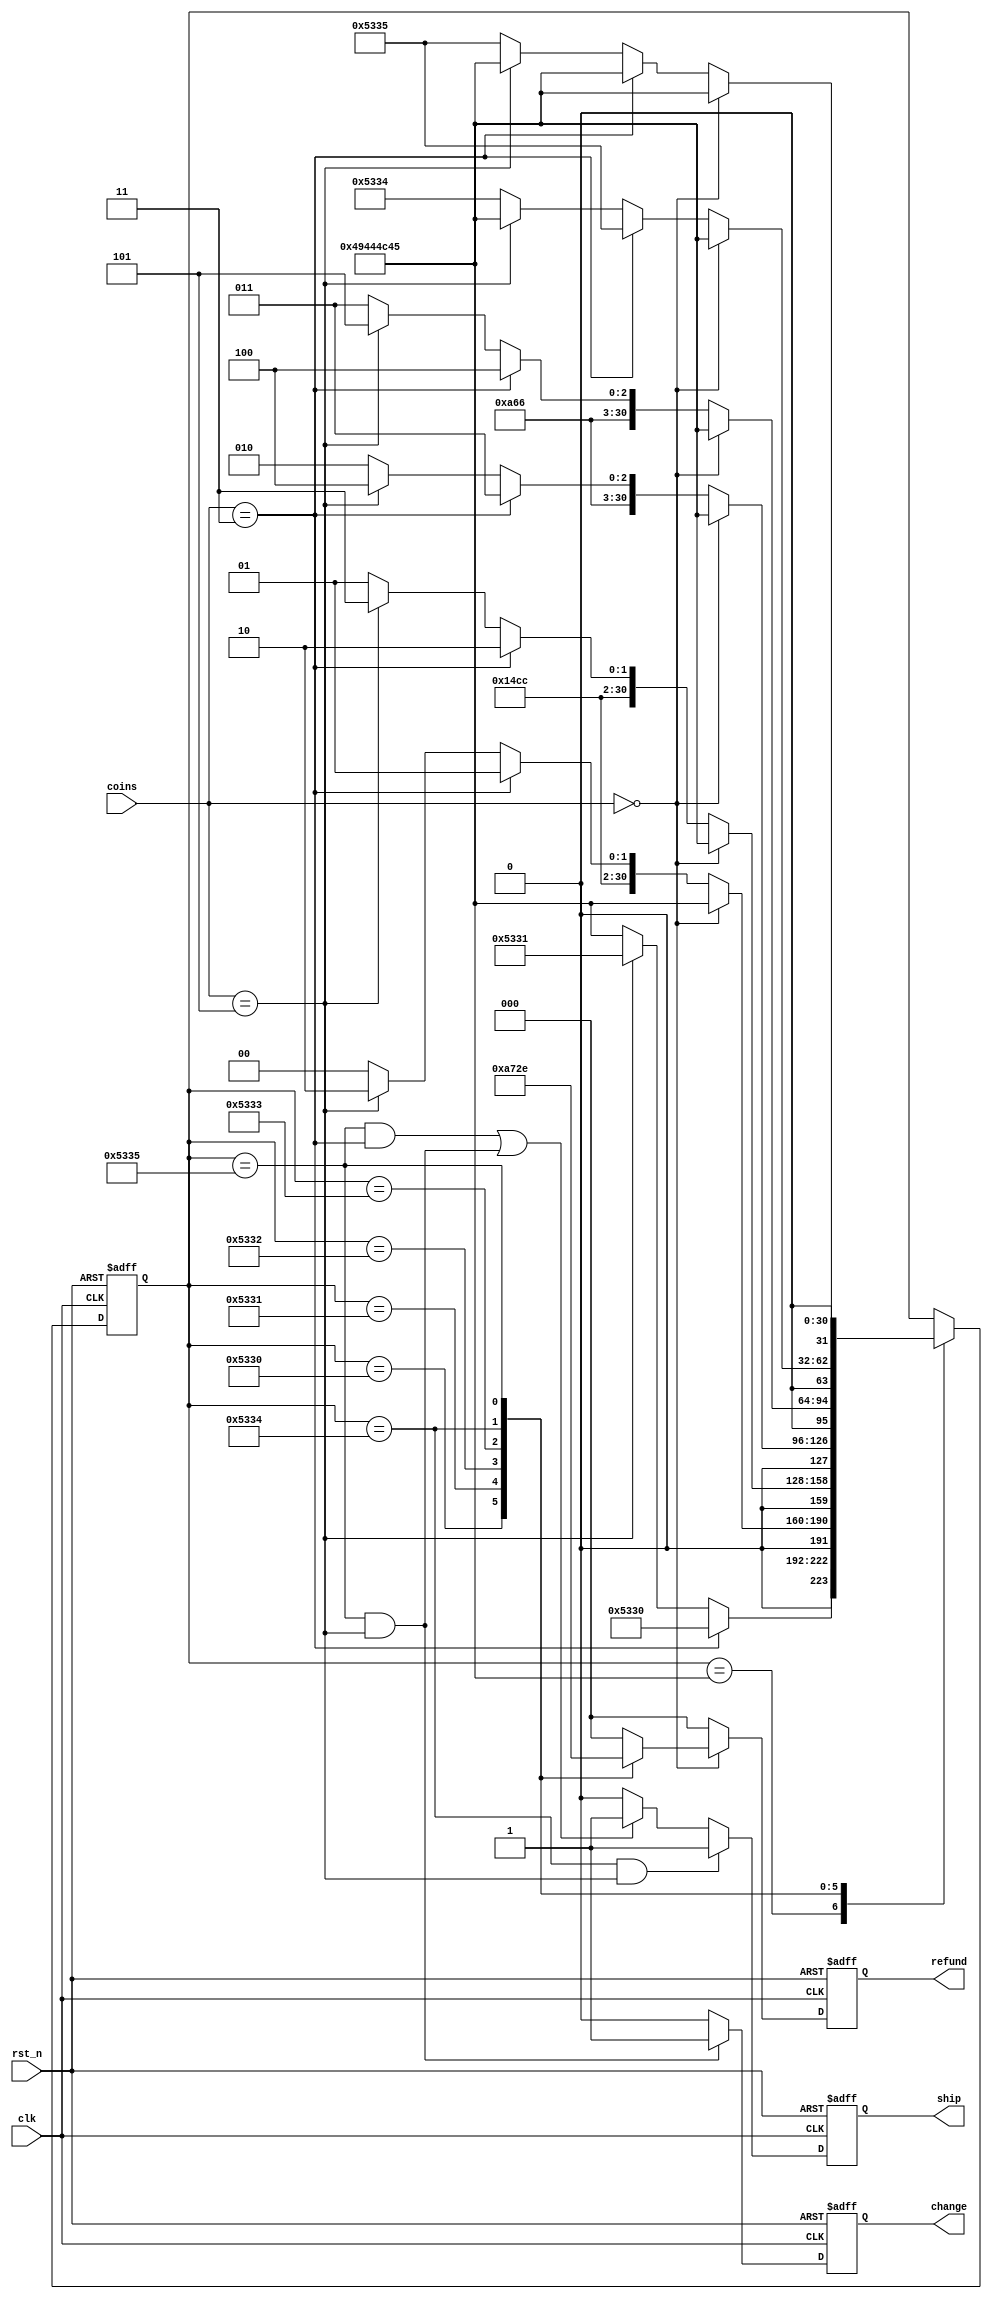
// This is a simple example.
// You can make a your own header file and set its path to settings.
// (Preferences > Package Settings > Verilog Gadget > Settings - User)
//
//		"header": "Packages/Verilog Gadget/template/verilog_header.v"
//
// -----------------------------------------------------------------------------
// Copyright (c) 2014-2023 All rights reserved
// -----------------------------------------------------------------------------
// Create : 2023-07-19 10:52:33
// Revise : 2023-07-19 10:52:33
// Editor : sublime text4, tab size (4)
// Descri : 3.5
// -----------------------------------------------------------------------------
module Vending_Machine_7 (
	input clk,
	input rst_n,
	input [2:0] coins,
	output reg change,
	output reg ship,
	output reg [2:0] refund
);

	reg [31:0] state;
	parameter IDLE = "IDLE";
	parameter S0 = "S0";
	parameter S1 = "S1";
	parameter S2 = "S2";
	parameter S3 = "S3";
	parameter S4 = "S4";
	parameter S5 = "S5";

	wire [2:0] refunds [5:0];
	assign refunds[0] = 3'd1;	//0.5
	assign refunds[1] = 3'd2;	//1
	assign refunds[2] = 3'd3;	//1.5
	assign refunds[3] = 3'd4;	//2
	assign refunds[4] = 3'd5;	//2.5
	assign refunds[5] = 3'd6;	//3


	/**/
	always @(posedge clk or negedge rst_n) begin
		if(!rst_n) begin
			state <= IDLE;
		end else begin
			case(state) 
				IDLE : state <= (coins == 3'b011) ? S0 :
								(coins == 3'b101) ? S1 : IDLE;
				S0 : state <= (coins == 3'b000) ? IDLE :
								(coins == 3'b011) ? S1 :
								(coins == 3'b101) ? S2 : S0;
				S1 : state <= (coins == 3'b000) ? IDLE :
								(coins == 3'b011) ? S2 :
								(coins == 3'b101) ? S3 : S1;
				S2 : state <= (coins == 3'b000) ? IDLE :
								(coins == 3'b011) ? S3 :
								(coins == 3'b101) ? S4 : S2;
				S3 : state <= (coins == 3'b000) ? IDLE :
								(coins == 3'b011) ? S4 :
								(coins == 3'b101) ? S5 : S3;
				S4 : state <= (coins == 3'b000) ? IDLE :
								(coins == 3'b011) ? S5 :
								(coins == 3'b101) ? IDLE : S4;
				S5 : state <= (coins == 3'b000) ? IDLE :
								(coins == 3'b011) ? IDLE :
								(coins == 3'b101) ? IDLE : S5;
			endcase
		end
	end

	/*change*/
	always @(posedge clk or negedge rst_n) begin
		if(~rst_n) begin
			change <= 1'd0;
		end else if(state == S5 && coins == 3'b101) begin
			change <= 1'd1;
		end else begin
			change <= 1'd0;
		end
	end

	/*ship*/
	always @(posedge clk or negedge rst_n) begin
		if(~rst_n) begin
			ship <= 1'd0;
		end else if(state == S4 && coins == 3'b101) begin
			ship <= 1'd1;
		end else if((state == S5 && coins == 3'b011) || (state == S5 && coins == 3'b101)) begin
			ship <= 1'd1;
		end else begin
			ship <= 1'd0;
		end
	end

	/*refund*/
	always @(posedge clk or negedge rst_n) begin
		if(~rst_n) begin
			refund <= 3'd0;
		end else if(coins == 3'b000) begin
			case(state) 
				S0 : refund <= refunds[0];
				S1 : refund <= refunds[1];
				S2 : refund <= refunds[2];
				S3 : refund <= refunds[3];
				S4 : refund <= refunds[4];
				S5 : refund <= refunds[5];
				default : refund <= 3'd0;
			endcase
		end else begin
			refund <= 3'd0;
		end
	end


endmodule